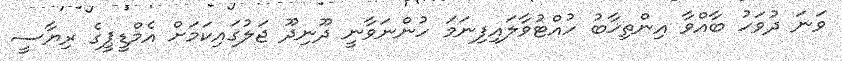
ވަނަ ދުވަހު ބާއްވާ އިންތިޚާބު ހުއްޓުވާލައިފިނަމަ ހުންނަވާނީ ދޫނިދޫ ޖަލުގައިކަމަށް އެމްޑީޕީގެ ރިޔާސީ